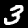
Digit: 3